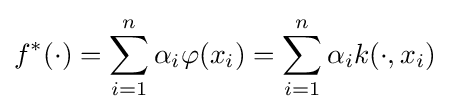
f^{*}(\cdot )=\sum _{i=1}^{n}\alpha _{i}\varphi (x_{i})=\sum _{i=1}^{n}\alpha _{i}k(\cdot ,x_{i})